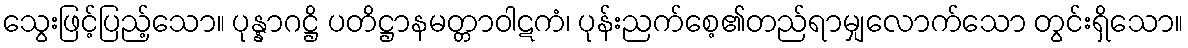
သွေးဖြင့်ပြည့်သော။ ပုန္နာဂဋ္ဌိ ပတိဋ္ဌာနမတ္တာဝါဋကံ၊ ပုန်းညက်စေ့၏တည်ရာမျှလောက်သော တွင်းရှိသော။